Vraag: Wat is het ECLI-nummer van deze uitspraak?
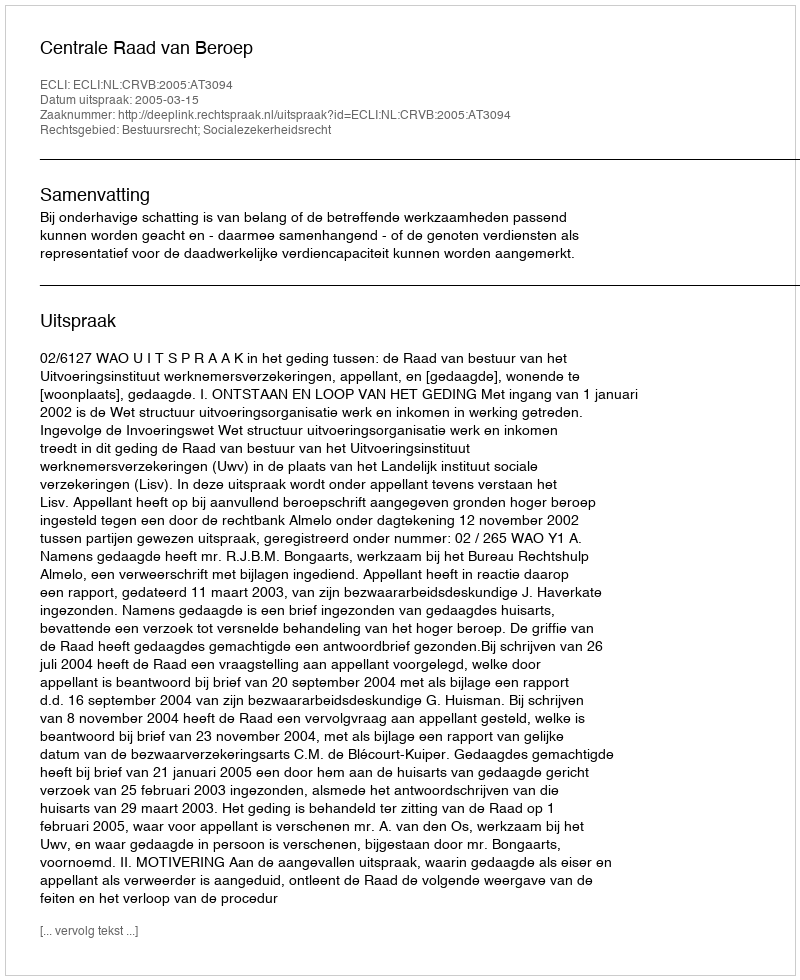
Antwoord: ECLI:NL:CRVB:2005:AT3094